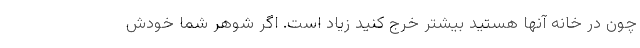
چون در خانه آنها هستید بیشتر خرج کنید زیاد است. اگر شوهر شما خودش